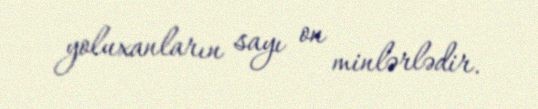
yoluxanların sayı on minlərlədir.